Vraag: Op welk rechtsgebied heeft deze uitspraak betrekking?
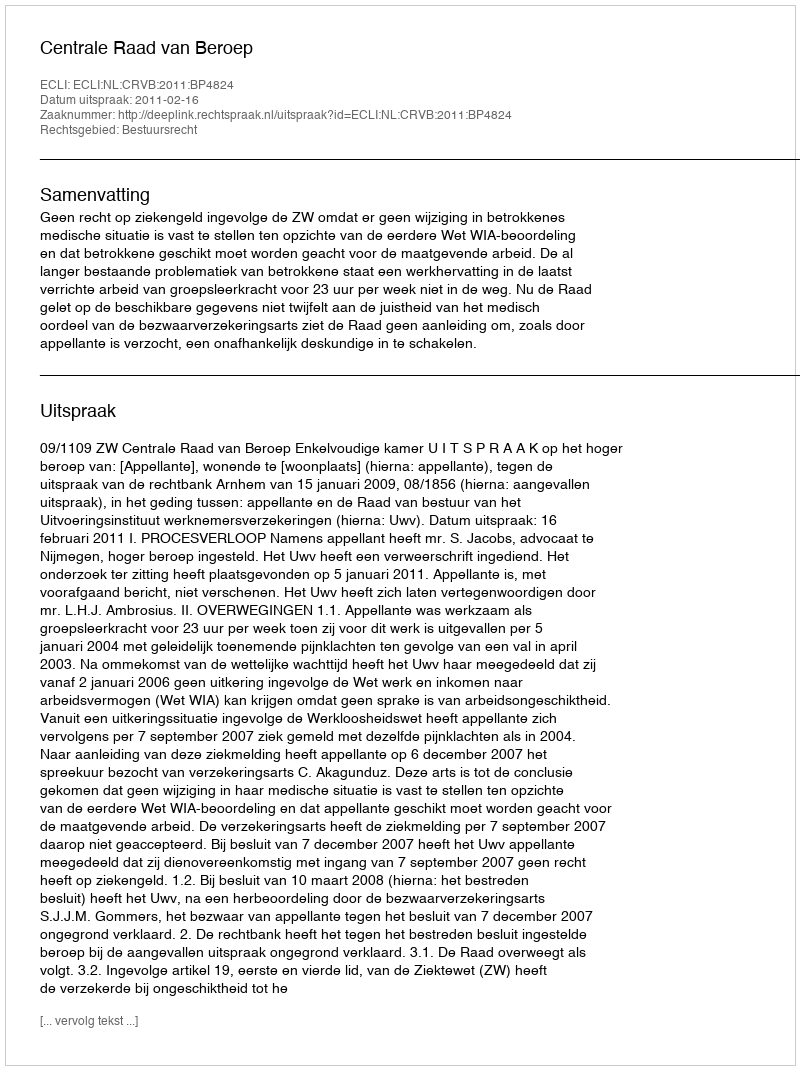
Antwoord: Bestuursrecht